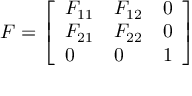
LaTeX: { \boldsymbol { F } } = { \left[ \begin{array} { l l l } { F _ { 1 1 } } & { F _ { 1 2 } } & { 0 } \\ { F _ { 2 1 } } & { F _ { 2 2 } } & { 0 } \\ { 0 } & { 0 } & { 1 } \end{array} \right] }